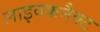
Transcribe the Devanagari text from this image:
लाइवकनैक्ट